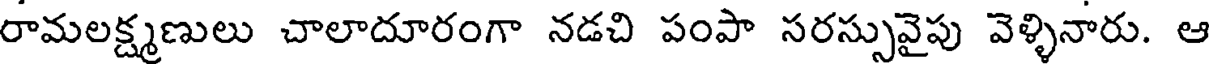
రామలక్ష్మణులు చాలాదూరంగా నడచి పంపా సరస్సువైపు వెళ్ళినారు. ఆ